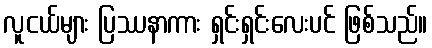
လူငယ်များ ပြဿနာကား ရှင်းရှင်းလေးပင် ဖြစ်သည်။